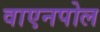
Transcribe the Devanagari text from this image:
वाएनपोल